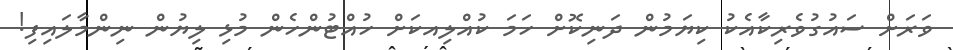
ވަރަށް ސައުގުވެރިކާއެކު ކިޔަމުން ދަނިކޮށް ހަމަ ކުއްލިއކަށް ހުއްޓުންހެން މުޅި ލިޔުން ނިންމާލައިފި!